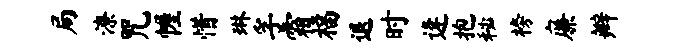
局潦咒幄惜琳孚霜福退时逄抱秘榜廉辫